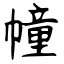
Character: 幢